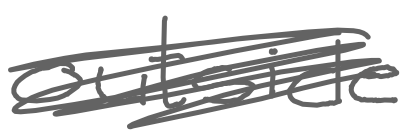
Text: outside
Cross-out: scratch
Writing tool: digital_gray